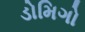
ડોમિગો